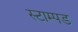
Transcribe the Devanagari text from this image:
स्टाम्पड